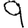
Digit: 9